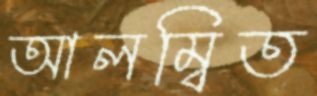
আলম্বিত